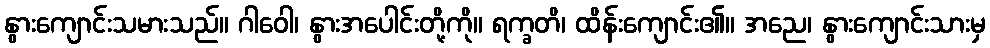
နွားကျောင်းသမားသည်။ ဂါဝေါ၊ နွားအပေါင်းတို့ကို။ ရက္ခတိ၊ ထိန်းကျောင်း၏။ အညေ၊ နွားကျောင်းသားမှ